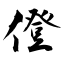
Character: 僜